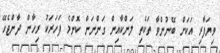
ވިޔަފާރި އަކަށް ބޭނުންވާ ތަކެތި ލަންކާއިން ގަންނަން ކޮންމެ ފަހަރަކު ރިހާން ދާންޖެހޭ